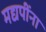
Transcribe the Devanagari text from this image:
मद्यपींना